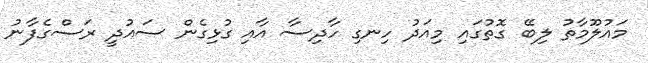
މައުލޫމާތު ލިބޭ ގޮތުގައި މިއަދު ހިނގި ހާދިސާ އާއި ގުޅިގެން ސައުދީ ރަސްގެފާނު